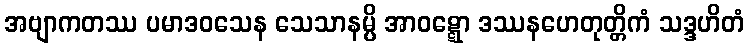
အဗျာကတဿ ပမာဒဝသေန သေသာနမ္ပိ အာဝဋ္ဋော ဒဿနဟေတုတ္တိကံ သဒ္ဒဟိတံ